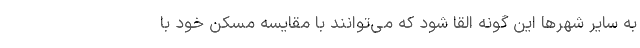
به سایر شهرها این گونه القا شود که می‌توانند با مقایسه مسکن خود با